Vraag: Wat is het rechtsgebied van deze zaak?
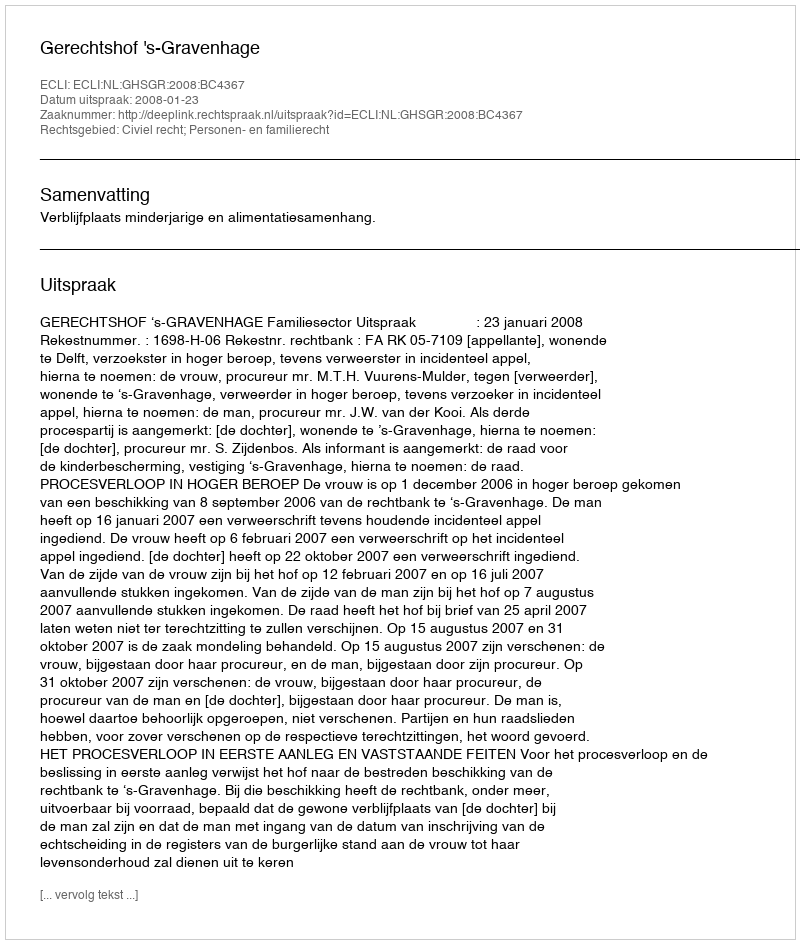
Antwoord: Civiel recht; Personen- en familierecht